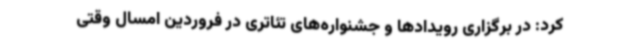
کرد: در برگزاری رویدادها و جشنواره‌های تئاتری در فروردین امسال وقتی